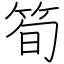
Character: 筍